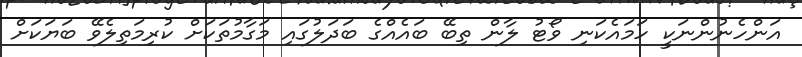
އަންހެނުންނަކީ ހަމައެކަނި ވޯޓު ލާން ތިބޭ ބައެއްގެ ބަދަލުގައި މަގާމުތަކަށް ކުރިމަތިލެވޭ ބަޔަކަށް